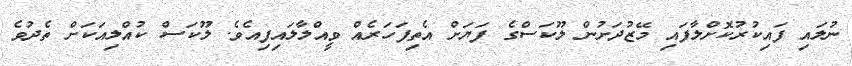
ނުލައި ފައިކުރުކޮށްލާފައި މޭޒުދަށުން ލޫކަސްގެ ފަޔަށް އެތިފަހަރެއް ވީއްލާލައިފިއެވެ. ލޫކަސް ކުއްލިއަކަށް ތެދުވެ